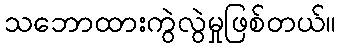
သဘောထားကွဲလွဲမှုဖြစ်တယ်။